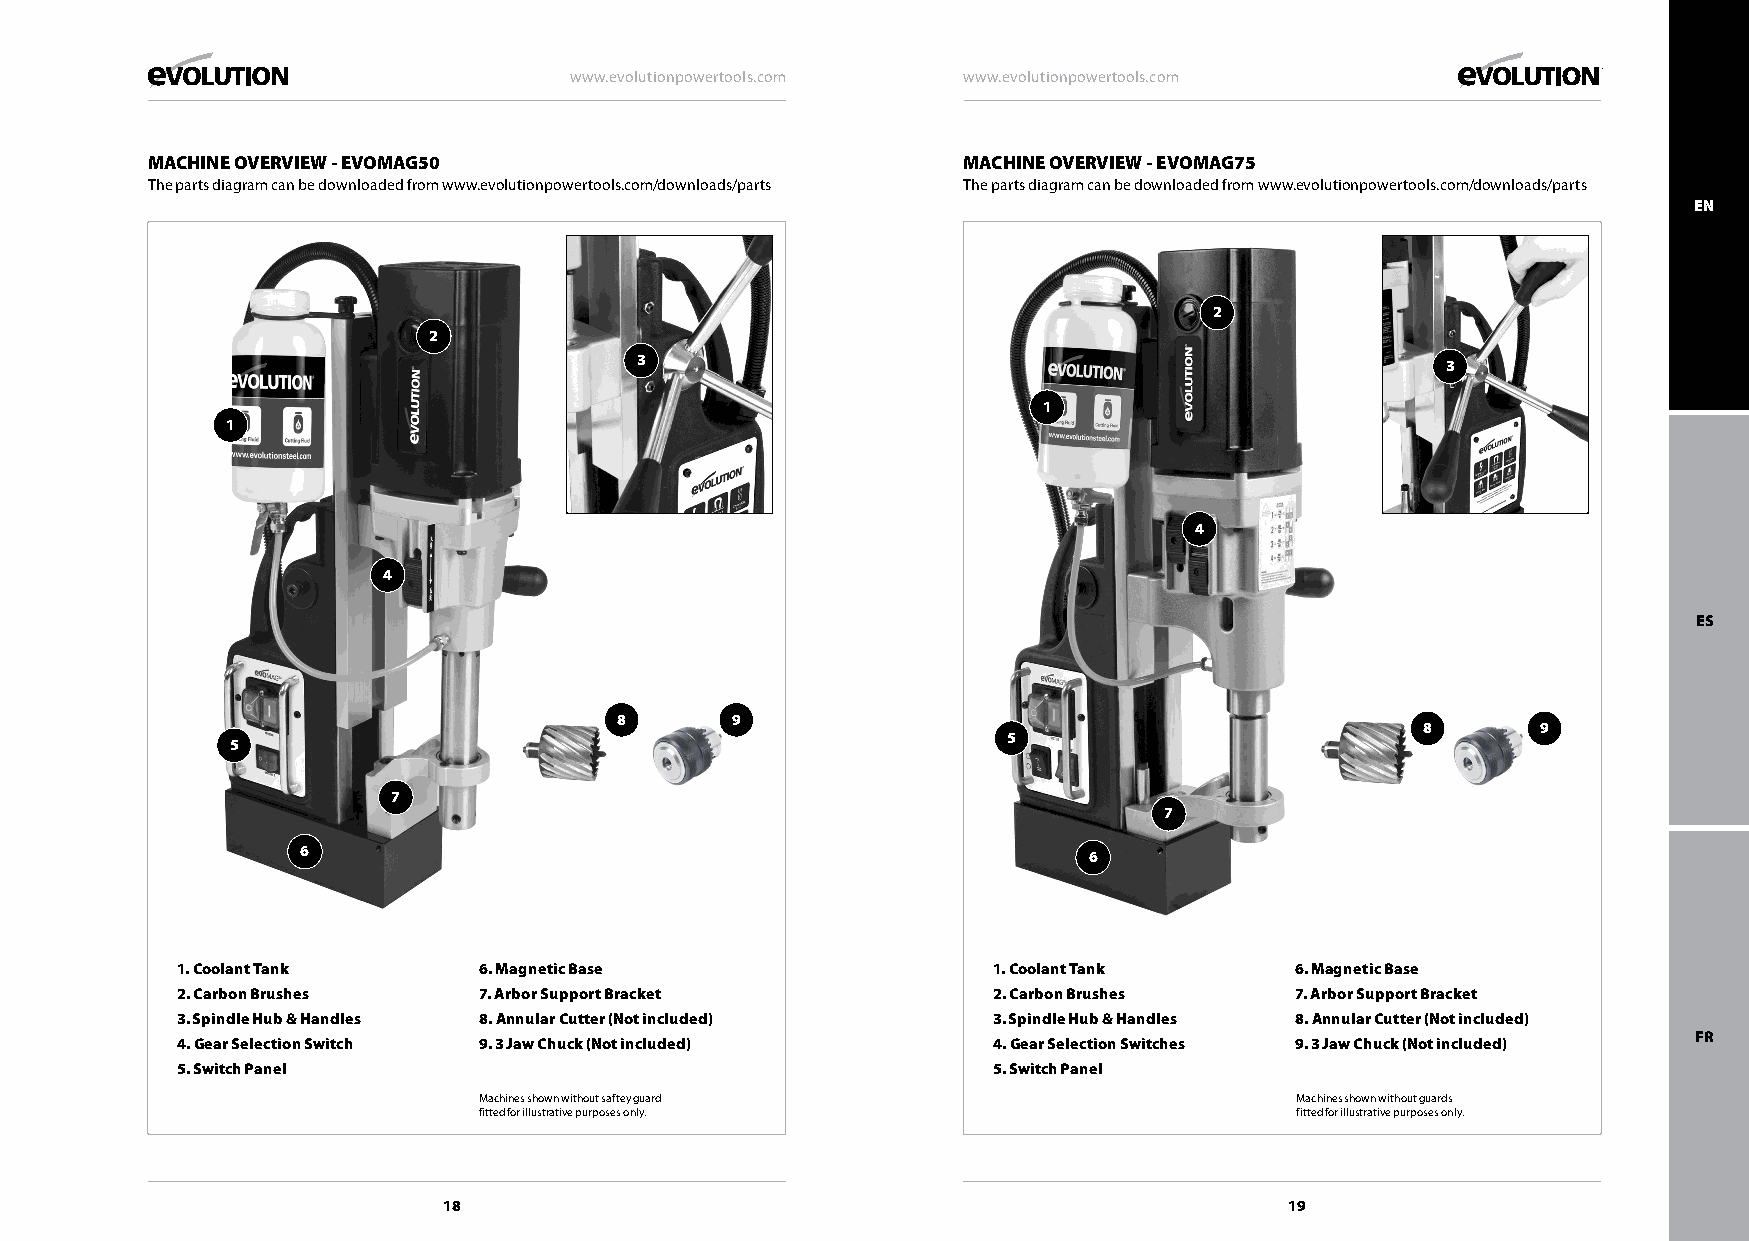
www.evolutionpowertools.com www.evolutionpowertools.com
 MACHINE OVERVIEW - EVOMAG50                           MACHINE OVERVIEW - EVOMAG75
 The parts diagram can be downloaded from www.evolutionpowertools.com/downloads/parts The parts diagram can be downloaded from www.evolutionpowertools.com/downloads/parts
 EN
 2
 2
 3                                                     3
 1
 1
 4
 4
 ES
 8      9
 8       9
 5
 5
 7
 7
 6                                                   6
 1. Coolant Tank     6. Magnetic Base                  1. Coolant Tank     6. Magnetic Base
 2. Carbon Brushes   7. Arbor Support Bracket          2. Carbon Brushes   7. Arbor Support Bracket
 3. Spindle Hub & Handles 8. Annular Cutter (Not included) 3. Spindle Hub & Handles 8. Annular Cutter (Not included)
 FR
 4. Gear Selection Switch 9. 3 Jaw Chuck (Not included) 4. Gear Selection Switches 9. 3 Jaw Chuck (Not included)
 5. Switch Panel                                       5. Switch Panel
 Machines shown without saftey guard                   Machines shown without guards
 fitted for illustrative purposes only.                fitted for illustrative purposes only.
 18                                                      19